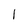
Character: l